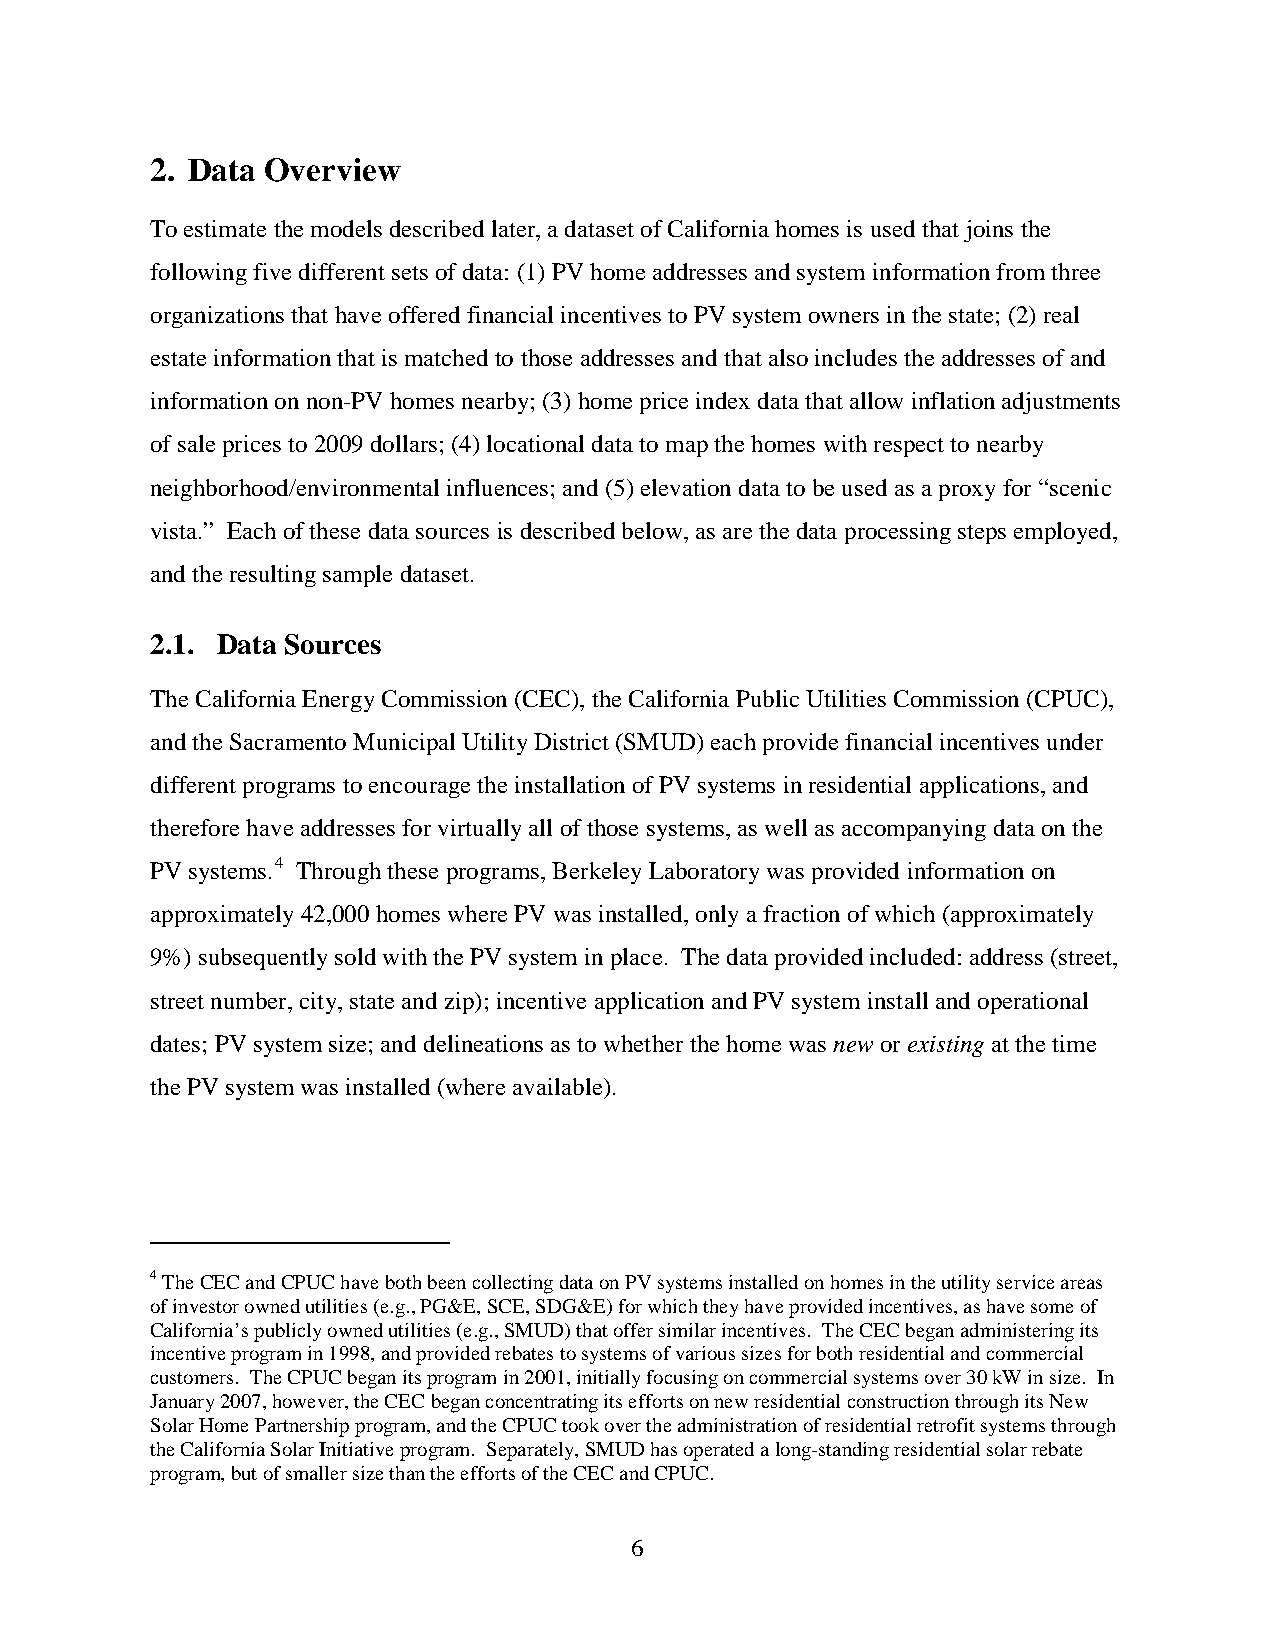
2. Data Overview
 To estimate the models described later, a dataset of California homes is used that joins the
 following five different sets of data: (1) PV home addresses and system information from three
 organizations that have offered financial incentives to PV system owners in the state; (2) real
 estate information that is matched to those addresses and that also includes the addresses of and
 information on non-PV homes nearby; (3) home price index data that allow inflation adjustments
 of sale prices to 2009 dollars; (4) locational data to map the homes with respect to nearby
 neighborhood/environmental influences; and (5) elevation data to be used as a proxy for “scenic
 vista.” Each of these data sources is described below, as are the data processing steps employed,
 and the resulting sample dataset.
 2.1. Data Sources
 The California Energy Commission (CEC), the California Public Utilities Commission (CPUC),
 and the Sacramento Municipal Utility District (SMUD) each provide financial incentives under
 different programs to encourage the installation of PV systems in residential applications, and
 therefore have addresses for virtually all of those systems, as well as accompanying data on the
 PV systems.4 Through these programs, Berkeley Laboratory was provided information on
 approximately 42,000 homes where PV was installed, only a fraction of which (approximately
 9%) subsequently sold with the PV system in place. The data provided included: address (street,
 street number, city, state and zip); incentive application and PV system install and operational
 dates; PV system size; and delineations as to whether the home was new or existing at the time
 the PV system was installed (where available).
 4 The CEC and CPUC have both been collecting data on PV systems installed on homes in the utility service areas
 of investor owned utilities (e.g., PG&E, SCE, SDG&E) for which they have provided incentives, as have some of
 California’s publicly owned utilities (e.g., SMUD) that offer similar incentives. The CEC began administering its
 incentive program in 1998, and provided rebates to systems of various sizes for both residential and commercial
 customers. The CPUC began its program in 2001, initially focusing on commercial systems over 30 kW in size. In
 January 2007, however, the CEC began concentrating its efforts on new residential construction through its New
 Solar Home Partnership program, and the CPUC took over the administration of residential retrofit systems through
 the California Solar Initiative program. Separately, SMUD has operated a long-standing residential solar rebate
 program, but of smaller size than the efforts of the CEC and CPUC.
 6